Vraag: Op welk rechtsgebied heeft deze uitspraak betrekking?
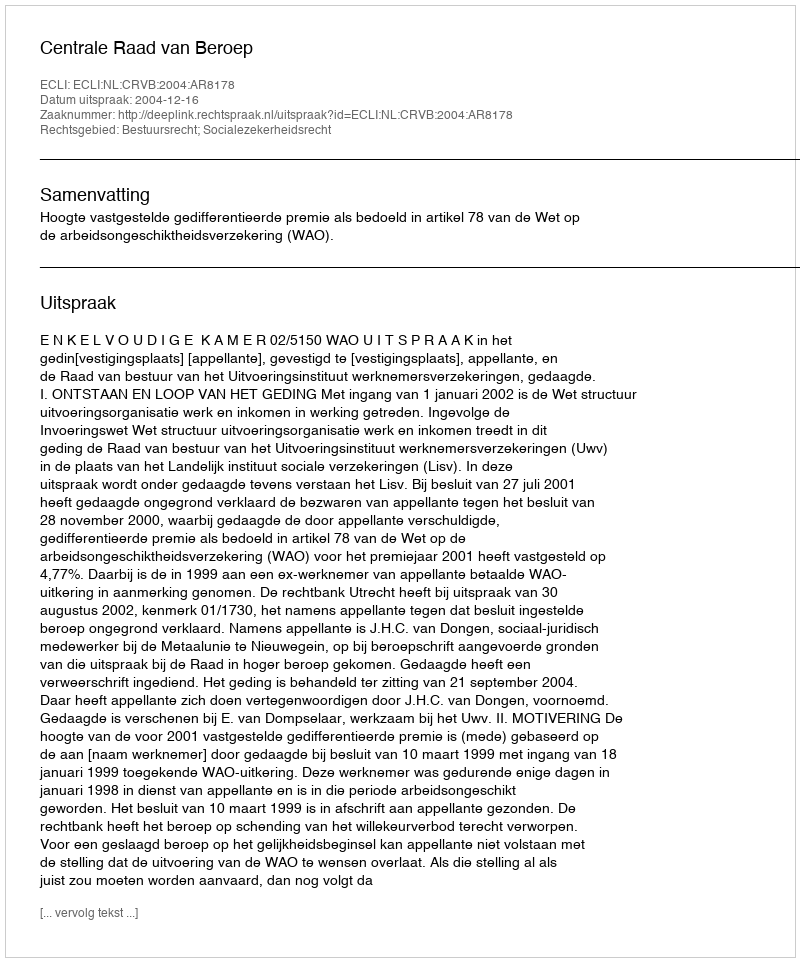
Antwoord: Bestuursrecht; Socialezekerheidsrecht